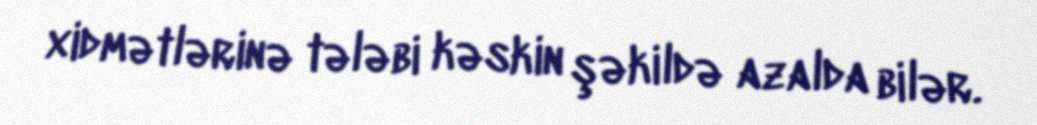
xidmətlərinə tələbi kəskin şəkildə azalda bilər.